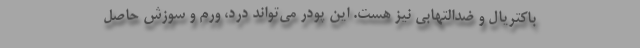
باکتریال و ضدالتهابی نیز هست. این پودر می‌تواند درد، ورم و سوزش حاصل